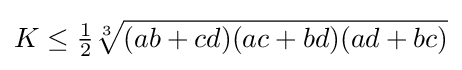
\displaystyle K\leq {\tfrac {1}{2}}{\sqrt[{3}]{(ab+cd)(ac+bd)(ad+bc)}}